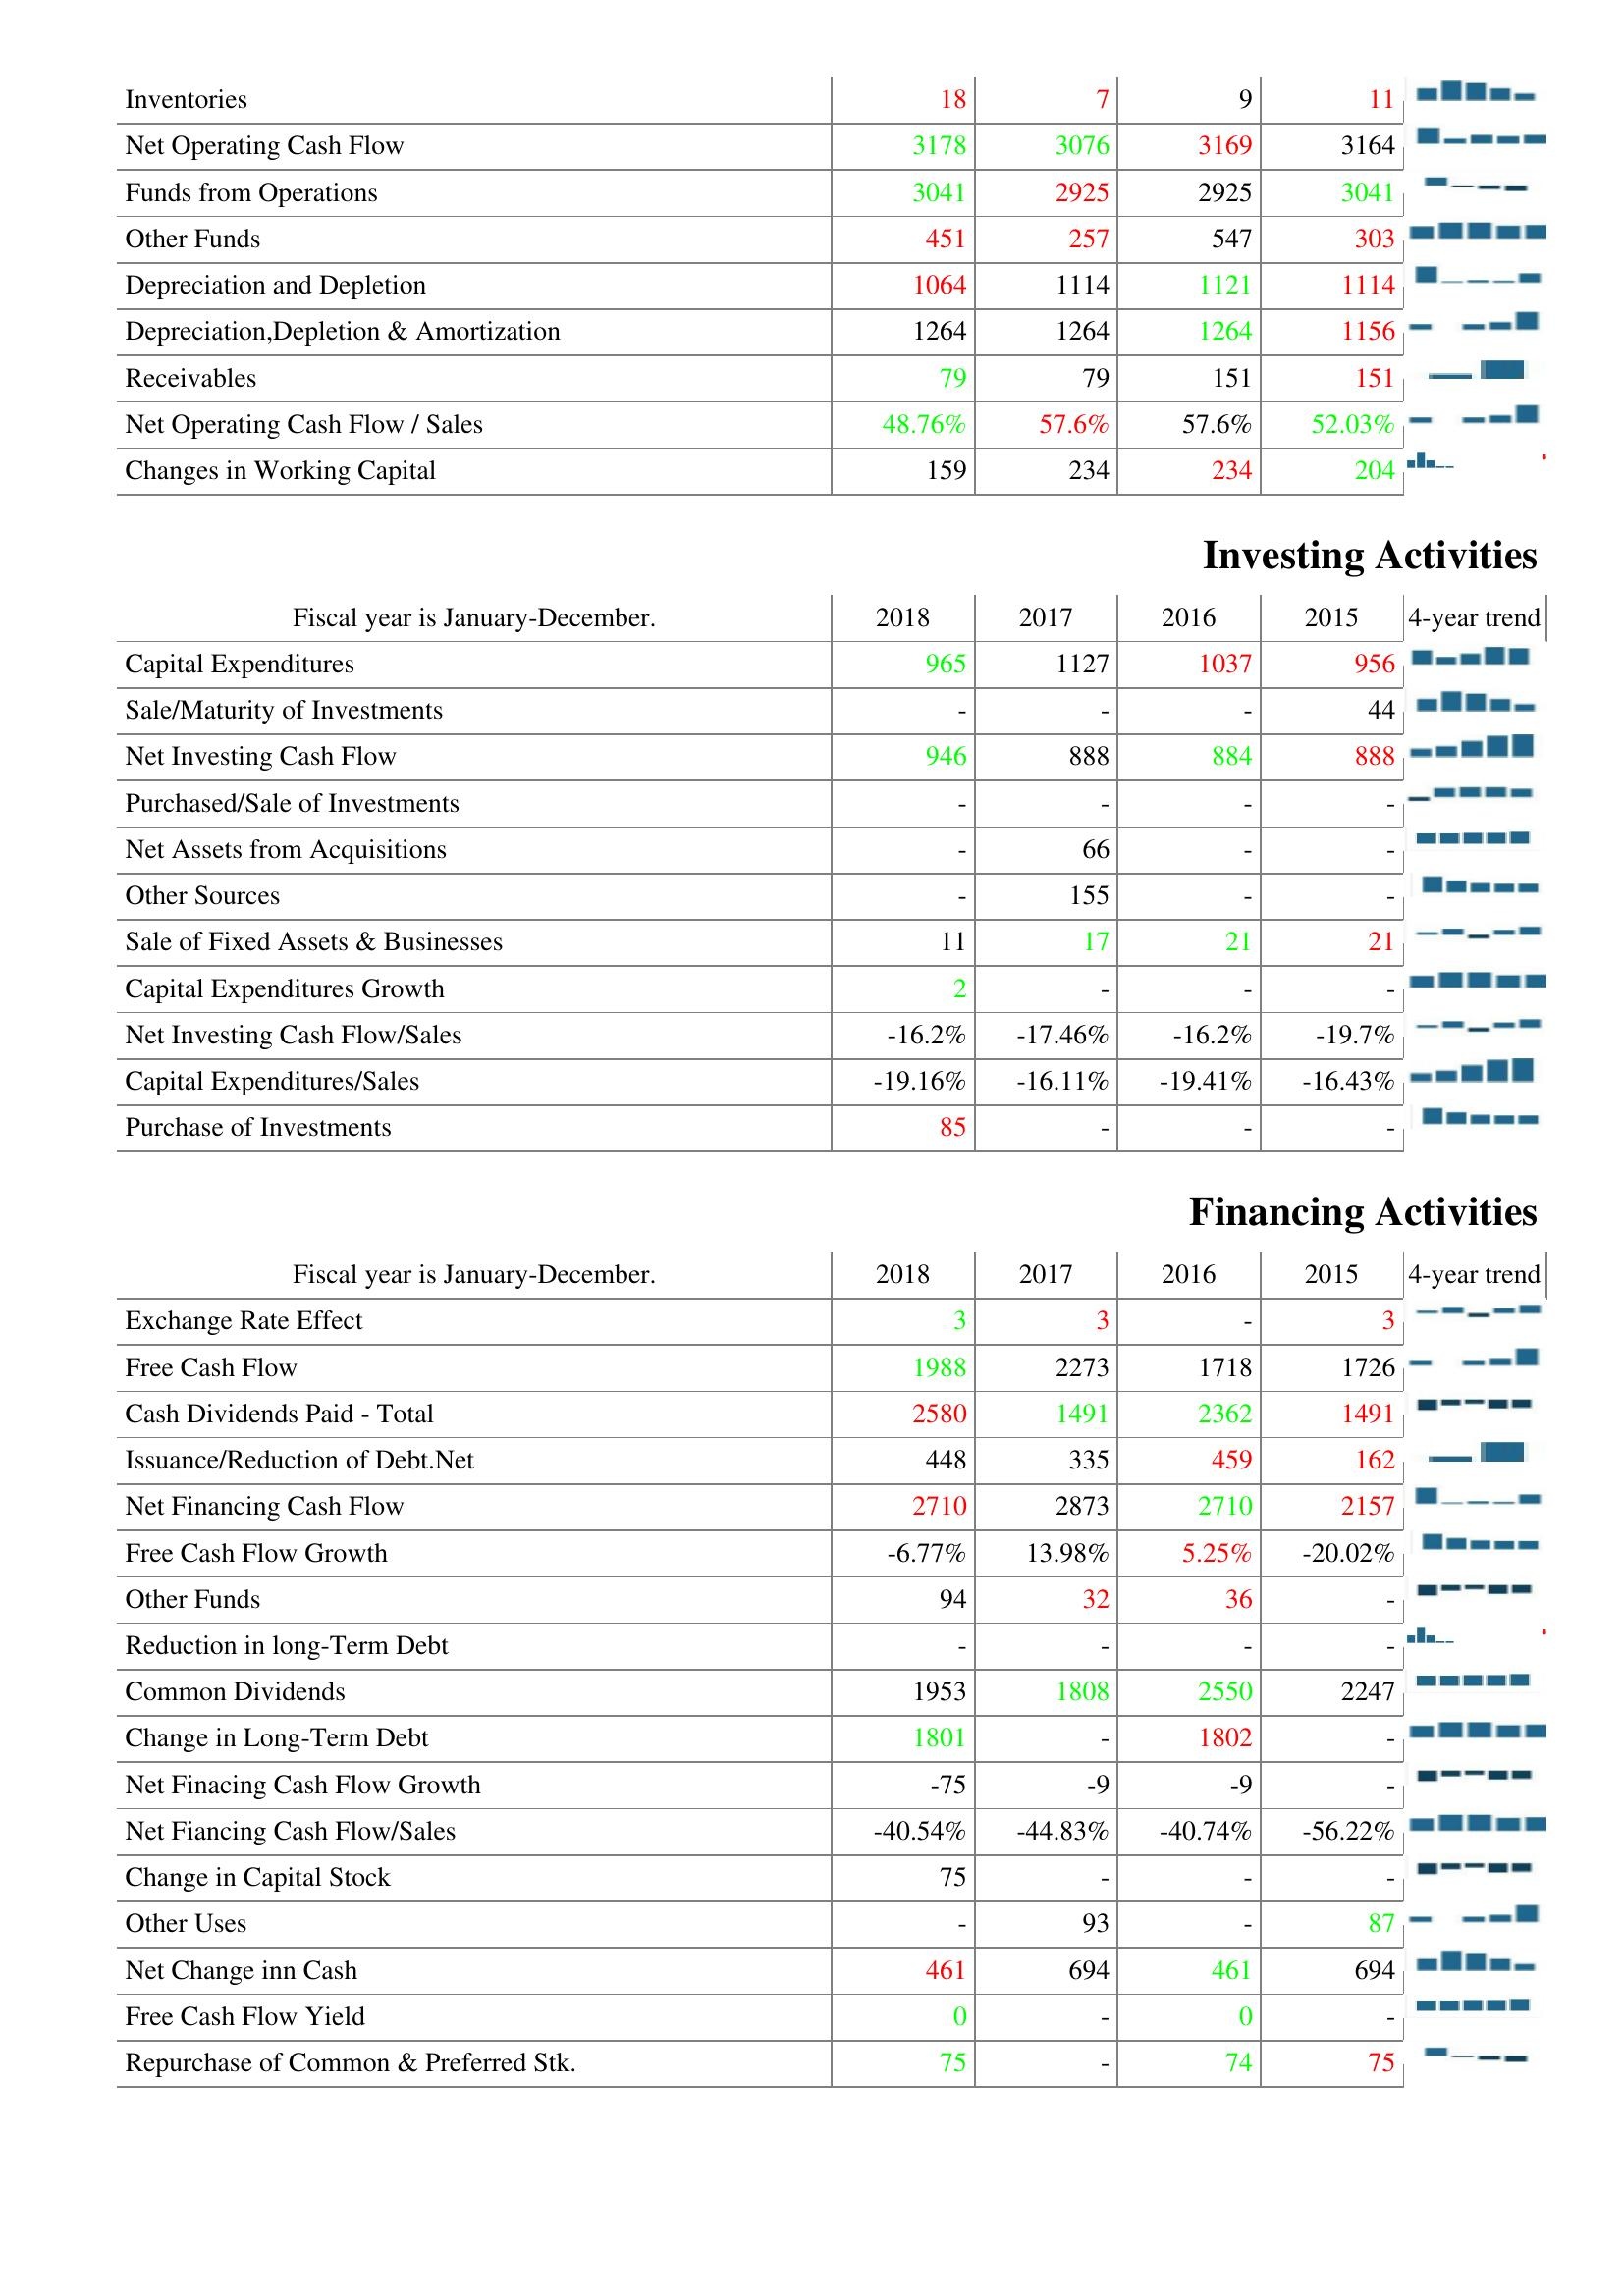
2018: Operating Activities: Inventories: 18
Net Operating Cash Flow: 3178
Funds from Operations: 3041
Other Funds: 451
Depreciation and Depletion: 1064
Depreciation,Depletion & Amortization: 1264
Receivables: 79
Net Operating Cash Flow / Sales: 48.76%
Changes in Working Capital: 159
Investing Activities: Capital Expenditures: 965
Sale/Maturity of Investments: -
Net Investing Cash Flow: 946
Purchased/Sale of Investments: -
Net Assets from Acquisitions: -
Other Sources: -
Sale of Fixed Assets & Businesses: 11
Capital Expenditures Growth: 2
Net Investing Cash Flow/Sales: -16.2%
Capital Expenditures/Sales: -19.16%
Purchase of Investments: 85
Financing Activities: Exchange Rate Effect: 3
Free Cash Flow: 1988
Cash Dividends Paid - Total: 2580
Issuance/Reduction of Debt.Net: 448
Net Financing Cash Flow: 2710
Free Cash Flow Growth: -6.77%
Other Funds: 94
Reduction in long-Term Debt: -
Common Dividends: 1953
Change in Long-Term Debt: 1801
Net Finacing Cash Flow Growth: -75
Net Fiancing Cash Flow/Sales: -40.54%
Change in Capital Stock: 75
Other Uses: -
Net Change inn Cash: 461
Free Cash Flow Yield: 0
Repurchase of Common & Preferred Stk.: 75
2017: Operating Activities: Inventories: 7
Net Operating Cash Flow: 3076
Funds from Operations: 2925
Other Funds: 257
Depreciation and Depletion: 1114
Depreciation,Depletion & Amortization: 1264
Receivables: 79
Net Operating Cash Flow / Sales: 57.6%
Changes in Working Capital: 234
Investing Activities: Capital Expenditures: 1127
Sale/Maturity of Investments: -
Net Investing Cash Flow: 888
Purchased/Sale of Investments: -
Net Assets from Acquisitions: 66
Other Sources: 155
Sale of Fixed Assets & Businesses: 17
Capital Expenditures Growth: -
Net Investing Cash Flow/Sales: -17.46%
Capital Expenditures/Sales: -16.11%
Purchase of Investments: -
Financing Activities: Exchange Rate Effect: 3
Free Cash Flow: 2273
Cash Dividends Paid - Total: 1491
Issuance/Reduction of Debt.Net: 335
Net Financing Cash Flow: 2873
Free Cash Flow Growth: 13.98%
Other Funds: 32
Reduction in long-Term Debt: -
Common Dividends: 1808
Change in Long-Term Debt: -
Net Finacing Cash Flow Growth: -9
Net Fiancing Cash Flow/Sales: -44.83%
Change in Capital Stock: -
Other Uses: 93
Net Change inn Cash: 694
Free Cash Flow Yield: -
Repurchase of Common & Preferred Stk.: -
2016: Operating Activities: Inventories: 9
Net Operating Cash Flow: 3169
Funds from Operations: 2925
Other Funds: 547
Depreciation and Depletion: 1121
Depreciation,Depletion & Amortization: 1264
Receivables: 151
Net Operating Cash Flow / Sales: 57.6%
Changes in Working Capital: 234
Investing Activities: Capital Expenditures: 1037
Sale/Maturity of Investments: -
Net Investing Cash Flow: 884
Purchased/Sale of Investments: -
Net Assets from Acquisitions: -
Other Sources: -
Sale of Fixed Assets & Businesses: 21
Capital Expenditures Growth: -
Net Investing Cash Flow/Sales: -16.2%
Capital Expenditures/Sales: -19.41%
Purchase of Investments: -
Financing Activities: Exchange Rate Effect: -
Free Cash Flow: 1718
Cash Dividends Paid - Total: 2362
Issuance/Reduction of Debt.Net: 459
Net Financing Cash Flow: 2710
Free Cash Flow Growth: 5.25%
Other Funds: 36
Reduction in long-Term Debt: -
Common Dividends: 2550
Change in Long-Term Debt: 1802
Net Finacing Cash Flow Growth: -9
Net Fiancing Cash Flow/Sales: -40.74%
Change in Capital Stock: -
Other Uses: -
Net Change inn Cash: 461
Free Cash Flow Yield: 0
Repurchase of Common & Preferred Stk.: 74
2015: Operating Activities: Inventories: 11
Net Operating Cash Flow: 3164
Funds from Operations: 3041
Other Funds: 303
Depreciation and Depletion: 1114
Depreciation,Depletion & Amortization: 1156
Receivables: 151
Net Operating Cash Flow / Sales: 52.03%
Changes in Working Capital: 204
Investing Activities: Capital Expenditures: 956
Sale/Maturity of Investments: 44
Net Investing Cash Flow: 888
Purchased/Sale of Investments: -
Net Assets from Acquisitions: -
Other Sources: -
Sale of Fixed Assets & Businesses: 21
Capital Expenditures Growth: -
Net Investing Cash Flow/Sales: -19.7%
Capital Expenditures/Sales: -16.43%
Purchase of Investments: -
Financing Activities: Exchange Rate Effect: 3
Free Cash Flow: 1726
Cash Dividends Paid - Total: 1491
Issuance/Reduction of Debt.Net: 162
Net Financing Cash Flow: 2157
Free Cash Flow Growth: -20.02%
Other Funds: -
Reduction in long-Term Debt: -
Common Dividends: 2247
Change in Long-Term Debt: -
Net Finacing Cash Flow Growth: -
Net Fiancing Cash Flow/Sales: -56.22%
Change in Capital Stock: -
Other Uses: 87
Net Change inn Cash: 694
Free Cash Flow Yield: -
Repurchase of Common & Preferred Stk.: 75